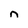
Character: n